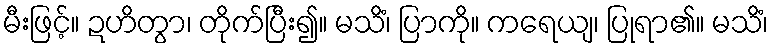
မီးဖြင့်။ ဍဟိတွာ၊ တိုက်ပြီး၍။ မသိံ၊ ပြာကို။ ကရေယျ၊ ပြုရာ၏။ မသိံ၊